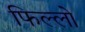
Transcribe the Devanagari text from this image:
फिल्लो